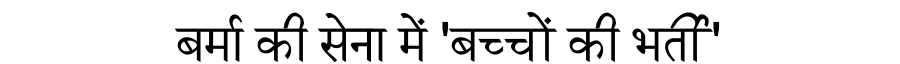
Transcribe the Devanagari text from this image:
बर्मा की सेना में 'बच्चों की भर्ती'